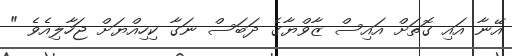
އޭނާ އައި ގޮތަށް އައިސް ޒާވްޔާގެ ދަބަސް ނަގާ ކިހިއްޔަށް ޖަހާލިއެވެ "